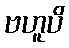
ဗဟူပိ